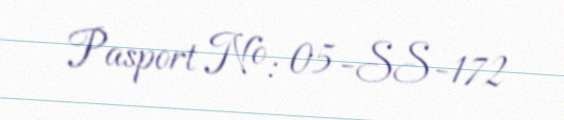
Pasport №: 05-SS-172